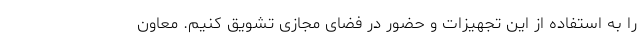
را به استفاده از این تجهیزات و حضور در فضای مجازی تشویق کنیم.‌ معاون